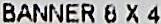
BANNER 8 X 4